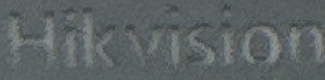
Hikvision